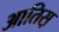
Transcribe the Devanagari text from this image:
आतिस़